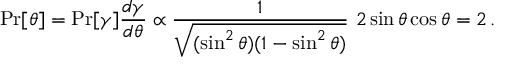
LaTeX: \operatorname* { P r } [ \theta ] = \operatorname* { P r } [ \gamma ] { \frac { d \gamma } { d \theta } } \propto { \frac { 1 } { \sqrt { ( \sin ^ { 2 } \theta ) ( 1 - \sin ^ { 2 } \theta ) } } } ~ 2 \sin \theta \cos \theta = 2 \, .